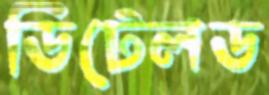
ডিটেলড